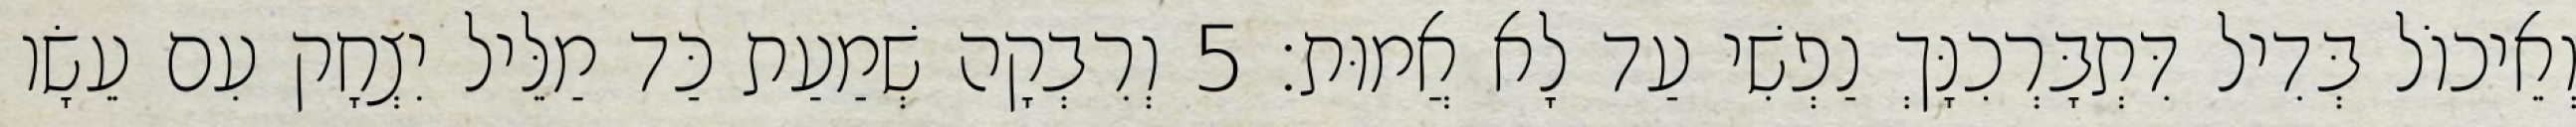
וְאֵיכוֹל בְּדִיל דִּתְבָּרְכִנָּךְ נַפְשִׁי עַד לָא אֲמוּת׃ 5 וְרִבְקָה שְׁמַעַת כַּד מַלֵּיל יִצְחָק עִם עֵשָׂו